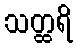
သတ္ထရိ